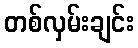
တစ်လှမ်းချင်း